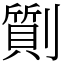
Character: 劕